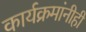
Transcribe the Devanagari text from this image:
कार्यक्रमांनीही